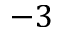
- 3